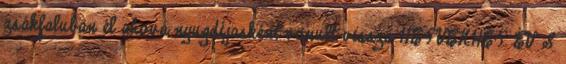
zsákfaluban él ahová nyugdíjasként vonult vissza HETVENHÉT ÉV S